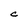
Character: C